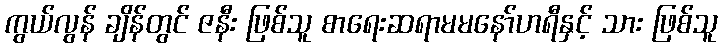
ကွယ်လွန် ချိန်တွင် ဇနီး ဖြစ်သူ စာရေးဆရာမမနော်ဟရီနှင့် သား ဖြစ်သူ